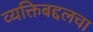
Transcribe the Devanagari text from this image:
व्यक्तिबद्दलचा